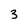
Character: 3